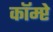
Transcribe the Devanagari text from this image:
कॉम्प्टे